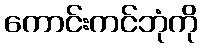
ကောင်းကင်ဘုံကို